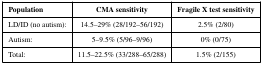
| Population | CMA sensitivity | Fragile X test sensitivity |
 | --- | --- | --- |
 | LD/ID (no autism): | 14.5–29% (28/192–56/192) | 2.5% (2/80) |
 | Autism: | 5–9.5% (5/96–9/96) | 0% (0/75) |
 | Total: | 11.5–22.5% (33/288–65/288) | 1.5% (2/155) |